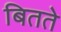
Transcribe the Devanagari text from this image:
बितते